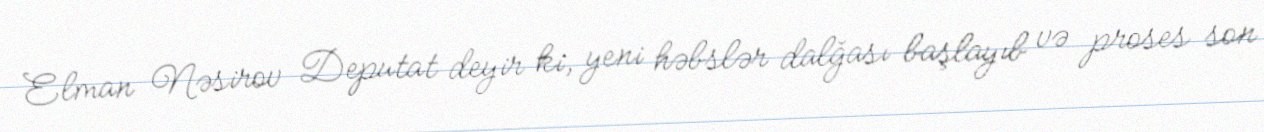
Elman Nəsirov Deputat deyir ki, yeni həbslər dalğası başlayıb və proses son